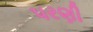
પરણી